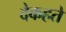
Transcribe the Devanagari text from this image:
देकहते